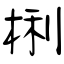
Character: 梸